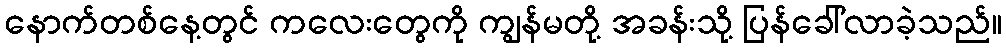
နောက်တစ်နေ့တွင် ကလေးတွေကို ကျွန်မတို့ အခန်းသို့ ပြန်ခေါ်လာခဲ့သည်။